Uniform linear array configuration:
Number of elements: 16
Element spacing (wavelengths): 1
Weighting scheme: cosine
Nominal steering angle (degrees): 0
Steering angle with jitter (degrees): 1.201
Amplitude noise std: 0.05
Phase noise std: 0.05

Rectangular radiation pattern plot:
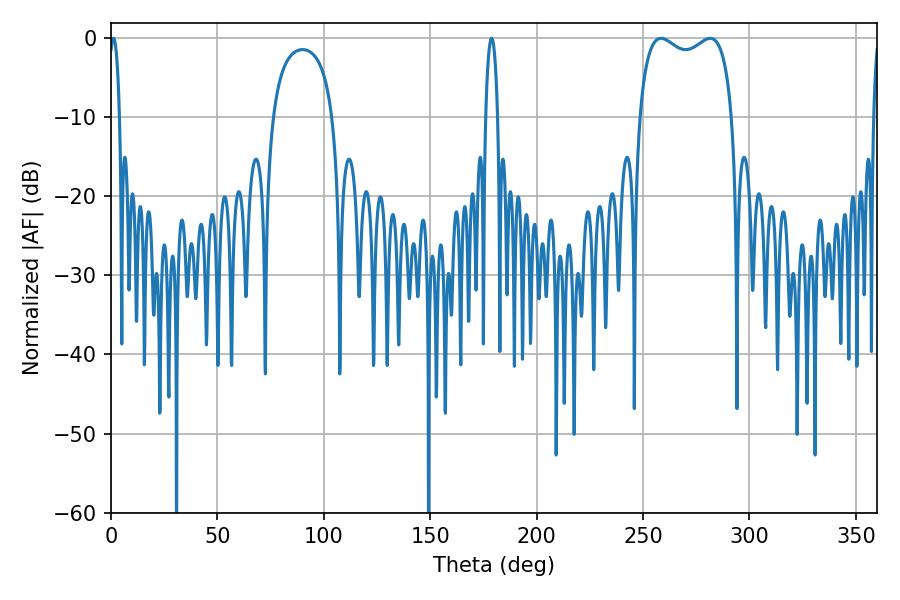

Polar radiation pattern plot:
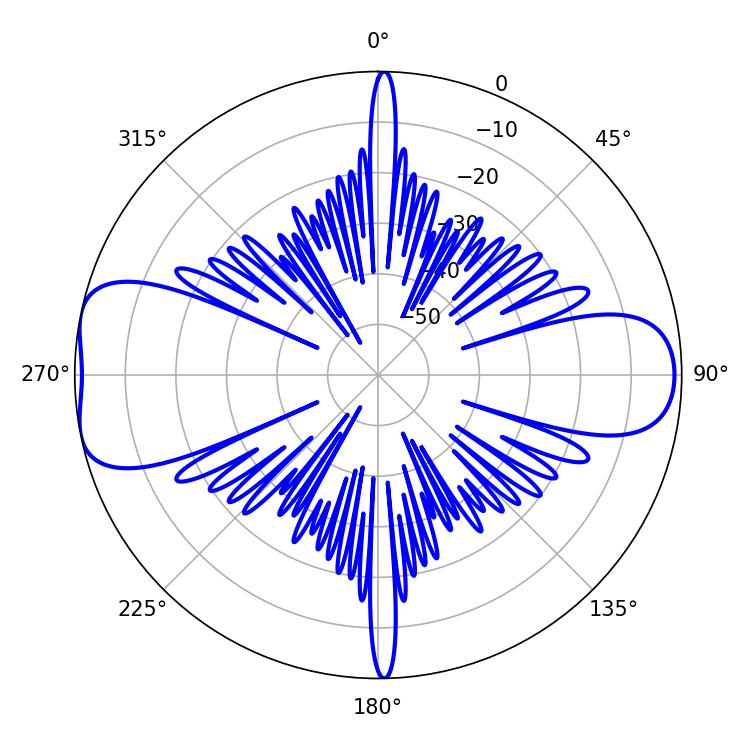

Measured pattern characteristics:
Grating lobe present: TRUE
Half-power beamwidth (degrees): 36
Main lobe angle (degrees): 258.48